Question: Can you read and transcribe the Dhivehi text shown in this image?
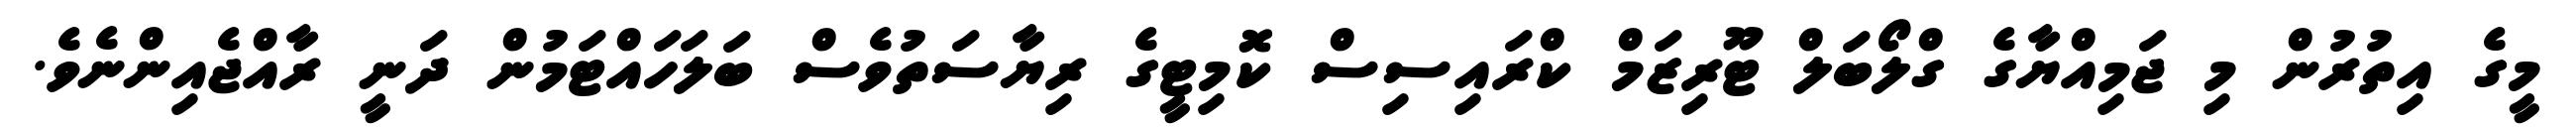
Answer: މީގެ އިތުރުން މި ޖަމިއްޔާގެ ގްލޯބަލް ޓޫރިޒަމް ކްރައިސިސް ކޮމިޓީގެ ރިޔާސަތުވެސް ބަލަހައްޓަމުން ދަނީ ރާއްޖެއިންނެވެ.